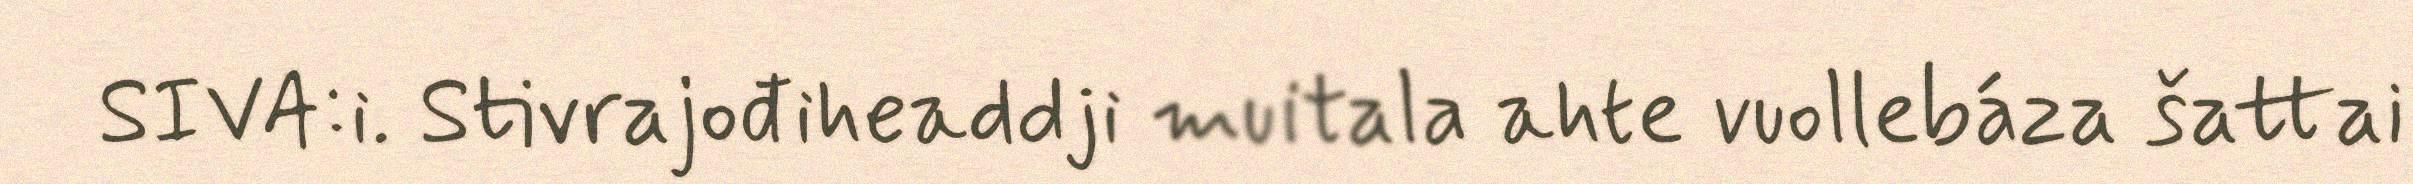
SIVA:i. Stivrajođiheaddji muitala ahte vuollebáza šattai